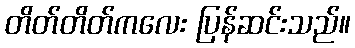
တိတ်တိတ်ကလေး ပြန်ဆင်းသည်။